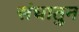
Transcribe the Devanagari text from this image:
संघातुन